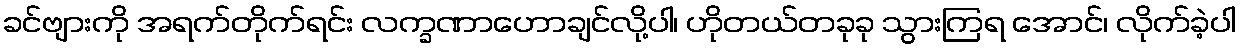
ခင်ဗျားကို အရက်တိုက်ရင်း လက္ခဏာဟောချင်လို့ပါ၊ ဟိုတယ်တခုခု သွားကြရ အောင်၊ လိုက်ခဲ့ပါ